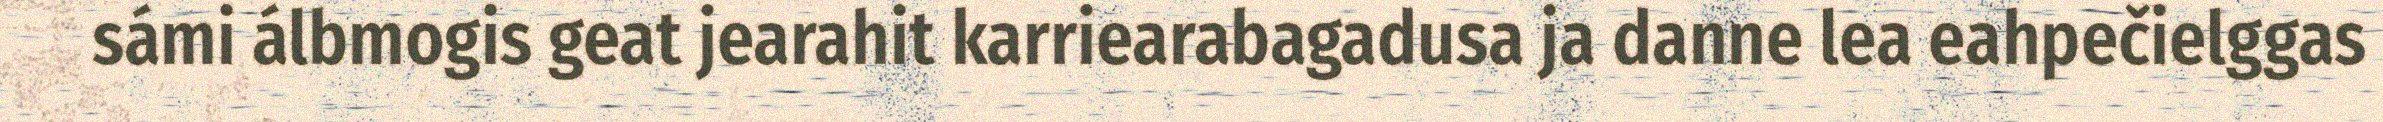
sámi álbmogis geat jearahit karriearabagadusa ja danne lea eahpečielggas